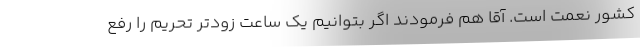
کشور نعمت است. آقا هم فرمودند اگر بتوانیم یک ساعت زودتر تحریم را رفع